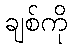
ချစ်ကို